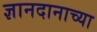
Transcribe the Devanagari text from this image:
ज्ञानदानाच्या